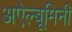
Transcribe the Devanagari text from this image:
अऐल्बूमिनी